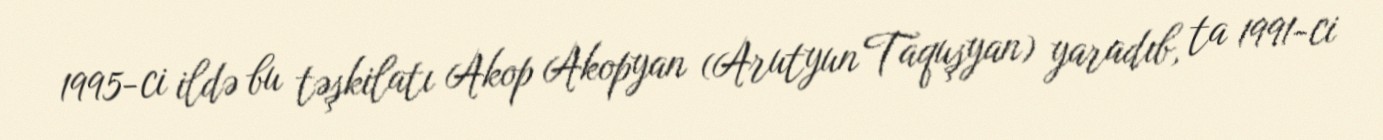
1995-ci ildə bu təşkilatı Akop Akopyan (Arutyun Taquşyan) yaradıb, ta 1991-ci